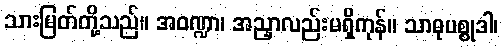
သားမြတ်တို့သည်။ အဝဏ္ဍာ၊ အညှာလည်းမရှိကုန်။ သာဓုပစ္စုဒါ၊